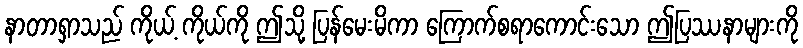
နာတာရှာသည် ကိုယ့် ကိုယ်ကို ဤသို့ ပြန်မေးမိကာ ကြောက်စရာကောင်းသော ဤပြဿနာများကို